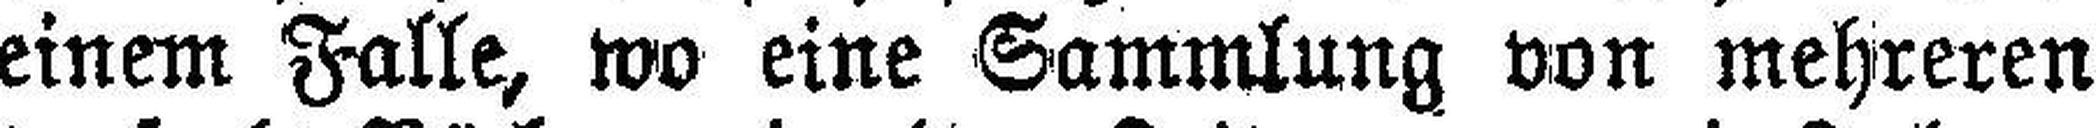
einem Falle, wo eine Sammlung von mehreren